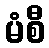
မံစီ